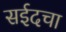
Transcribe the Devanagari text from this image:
सईदचा